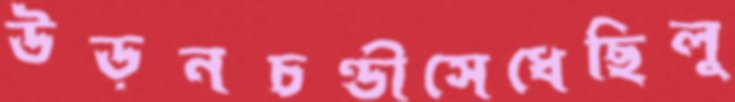
উড়নচণ্ডীসেধেছিলু